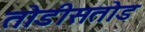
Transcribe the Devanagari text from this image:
तोडीसतोड